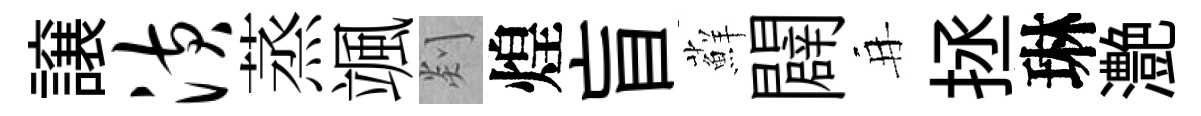
譲潢蒸颯剡煌盲蘚闢再拯琳灔